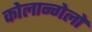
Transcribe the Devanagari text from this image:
कोलान्गेलो